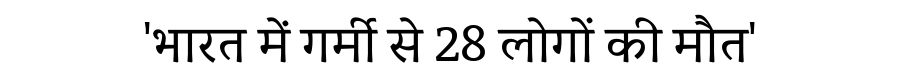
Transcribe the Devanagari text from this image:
'भारत में गर्मी से 28 लोगों की मौत'